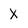
Character: X